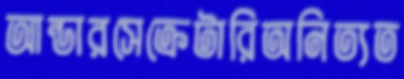
আন্ডারসেক্রেটারিঅনিত্যত